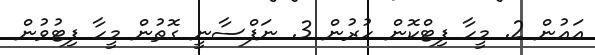
އައުން 2. މީހާ ފިޓްކޮން ހުރުން 3. ނަފްސާނީ ގޮތުން މީހާ ފިޓުވުން